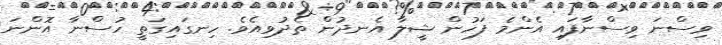
ވިސްނަ ވިސްނާފައި އެންމެ ފަހުން ޝީލާ އެނދުން ތެދުވިއެވެ. ހިނގައިގަތީ ހުސްނާ އޮންނަ